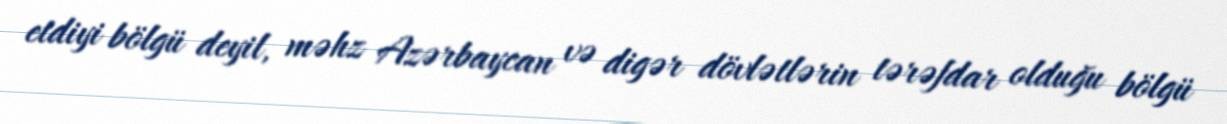
etdiyi bölgü deyil, məhz Azərbaycan və digər dövlətlərin tərəfdar olduğu bölgü